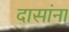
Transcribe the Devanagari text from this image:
दासांना